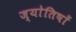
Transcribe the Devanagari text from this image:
ज्याेतिषाें